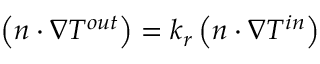
\left( \boldsymbol { n } \cdot \nabla T ^ { o u t } \right) = k _ { r } \left( \boldsymbol { n } \cdot \nabla T ^ { i n } \right)